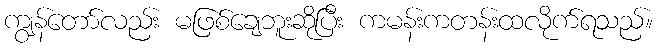
ကျွန်တော်လည်း မဖြစ်ချေဘူးဆိုပြီး ကမန်းကတန်းထလိုက်ရသည်။